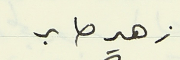
زهير صابر